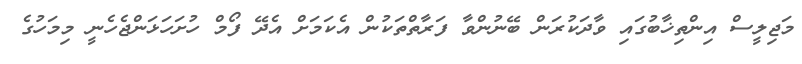
މަޖިލީސް އިންތިޚާބުގައި ވާދަކުރަން ބޭނުންވާ ފަރާތްތަކުން އެކަމަށް އެދޭ ފޯމް ހުށަހަޅަންޖެހެނީ މިމަހުގެ